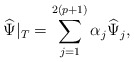
\begin{align*} \widehat \Psi|_T = \sum_{j=1}^{2(p+1)} \alpha_j \widehat\Psi_j,\end{align*}